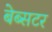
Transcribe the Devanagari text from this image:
बेब्सटर